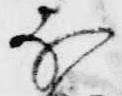
不